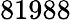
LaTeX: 81988